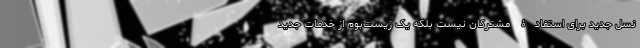
نسل جدید برای استفادۀ مشترکان نیست بلکه یک زیست‌بوم از خدمات جدید